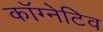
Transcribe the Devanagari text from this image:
कॉग्नेटिव